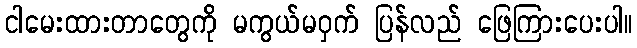
ငါမေးထားတာတွေကို မကွယ်မဝှက် ပြန်လည် ဖြေကြားပေးပါ။